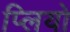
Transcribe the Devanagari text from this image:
प्लियो